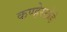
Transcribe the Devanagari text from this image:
कण्हेरखेडे